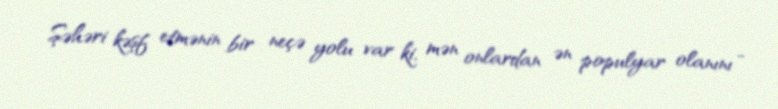
Şəhəri kəşf etmənin bir neçə yolu var ki, mən onlardan ən populyar olanını -